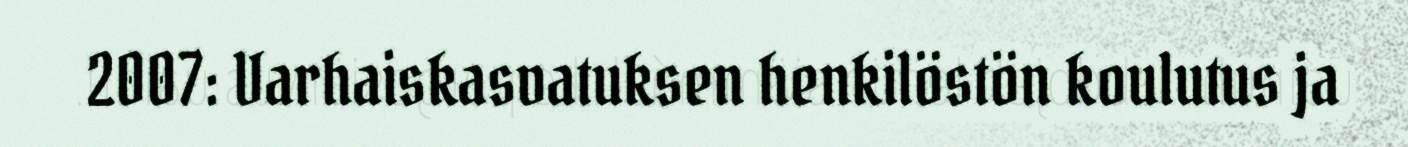
2007: Varhaiskasvatuksen henkilöstön koulutus ja